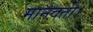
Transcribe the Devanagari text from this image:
मानवती।